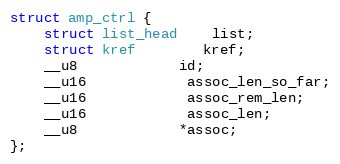
Language: C
struct amp_ctrl {
	struct list_head	list;
	struct kref		kref;
	__u8			id;
	__u16			assoc_len_so_far;
	__u16			assoc_rem_len;
	__u16			assoc_len;
	__u8			*assoc;
};